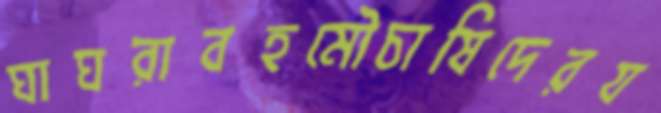
ঘাঘরাবহমৌচাষিদেরয